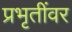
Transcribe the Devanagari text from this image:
प्रभृतींवर